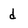
Character: d